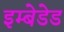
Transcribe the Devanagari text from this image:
इम्बेडेड